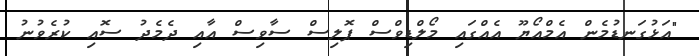
"އަޅުގަނޑުމެން އެމްއޯޔޫ އެއްގައި މޯލްޑިވްސް ޕޮލިސް ސާވިސް އާއި ދެމެދު ސޮއި ކުރެވުނު